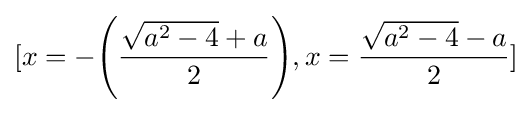
[x=-{\Biggl (}{\frac {{\sqrt {a^{2}-4}}+a}{2}}{\Biggr )},x={\frac {{\sqrt {a^{2}-4}}-a}{2}}]